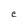
Character: e